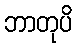
ဘာတုပိ